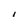
Character: I